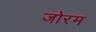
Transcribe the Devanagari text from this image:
जोरम